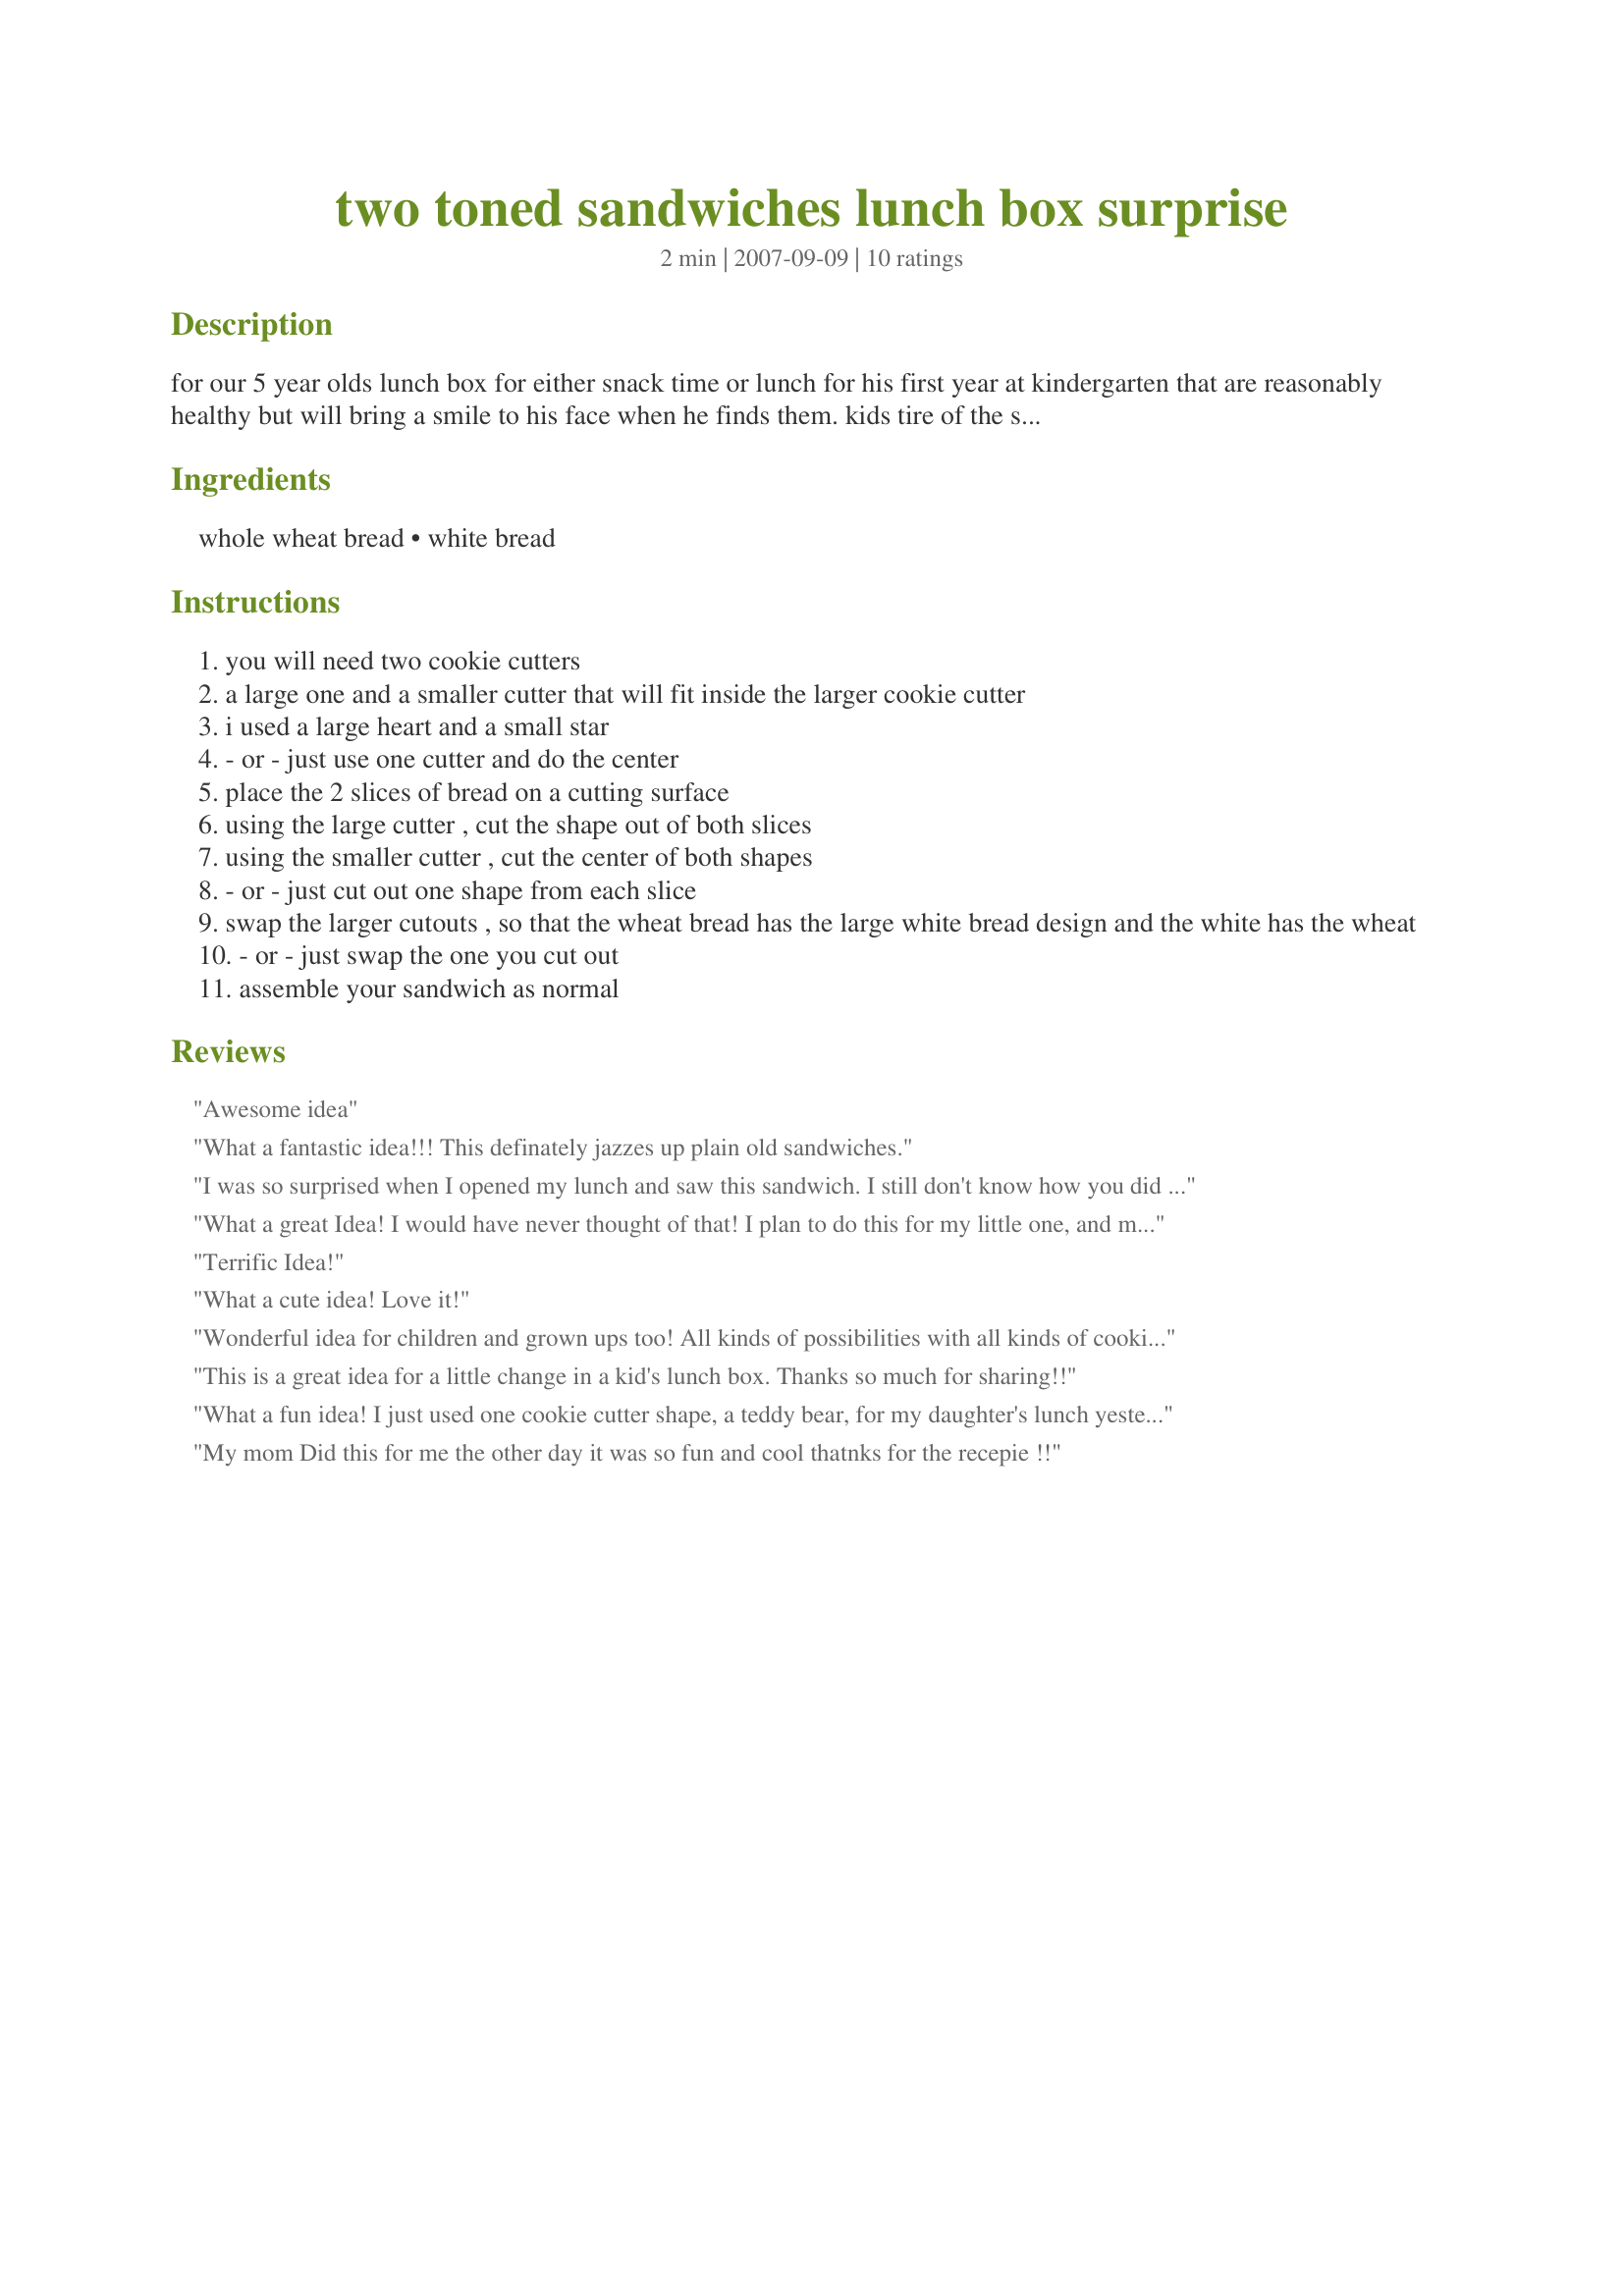
two toned sandwiches lunch box surprise
Preparation time: 2 minutes

for our 5 year olds lunch box for either snack time or lunch for his first year at kindergarten that are reasonably healthy but will bring a smile to his face when he finds them. kids tire of the same old sandwich, so i came up with this as a new and fun way to make sure he doesn't skip his sandwich!

Ingredients:
whole wheat bread, white bread

Steps:
you will need two cookie cutters
a large one and a smaller cutter that will fit inside the larger cookie cutter
i used a large heart and a small star
- or - just use one cutter and do the center
place the 2 slices of bread on a cutting surface
using the large cutter , cut the shape out of both slices
using the smaller cutter , cut the center of both shapes
- or - just cut out one shape from each slice
swap the larger cutouts , so that the wheat bread has the large white bread design and the white has the wheat
- or - just swap the one you cut out
assemble your sandwich as normal

Reviews:
Awesome idea
What a fantastic idea!!! This definately jazzes up plain old sandwiches.
I was so surprised when I opened my lunch and saw this sandwich. I still don't know how you did it! It is magic and magic made it special!
What a great Idea! I would have never thought of that! I plan to do this for my little one, and maybe, for myself!
Terrific Idea!
What a cute idea! Love it!
Wonderful idea for children and grown ups too! All kinds of possibilities with all kinds of cookie cutters like hearts, animal shapes, etc. When my children were young I put little notes and poems in with their lunch but never thought of this excellent idea. We learn something every day! I passed this tip on to all my friends and family. Good idea for party sandwiches and appetizers too!
This is a great idea for a little change in a kid's lunch box. Thanks so much for sharing!!
What a fun idea! I just used one cookie cutter shape, a teddy bear, for my daughter's lunch yesterday. 
Swapped the shapes to the opposite sides, it worked great and she LOVED it.
Thanks for a fun lunch! :)
My mom Did this for me the other day it was so fun and cool thatnks for the recepie !!
